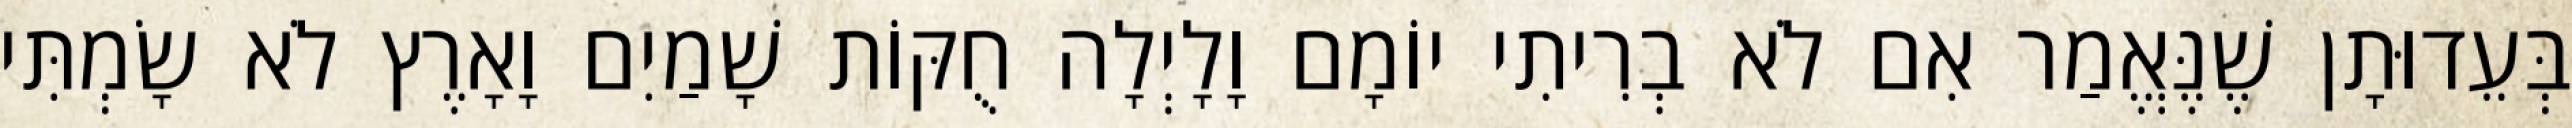
בְּעֵדוּתָן שֶׁנֶּאֱמַר אִם לֹא בְרִיתִי יוֹמָם וָלָיְלָה חֻקּוֹת שָׁמַיִם וָאָרֶץ לֹא שָׂמְתִּי